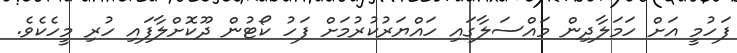
ފަހުމީ އަށް ހަމަލާދިން މައްސަލާގައި ހައްޔަރުކުރުމަށް ފަހު ކޯޓުން ދޫކޮށްލާފައި ހުރި މީހެކެވެ.